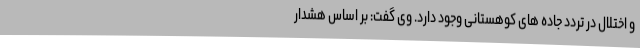
و اختلال در تردد جاده های کوهستانی وجود دارد. وی گفت: بر اساس هشدار